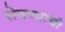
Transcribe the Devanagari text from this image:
रोवण्याची